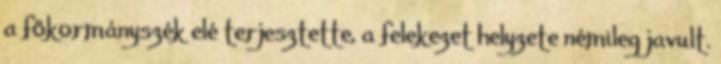
a főkormányszék elé terjesztette, a felekezet helyzete némileg javult.